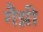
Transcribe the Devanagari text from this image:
गैग्नी